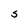
Character: S